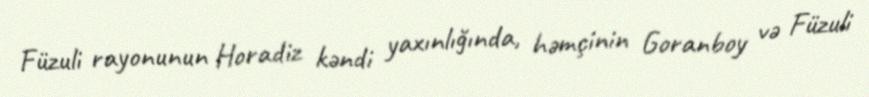
Füzuli rayonunun Horadiz kəndi yaxınlığında, həmçinin Goranboy və Füzuli